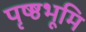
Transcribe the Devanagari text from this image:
पृष्ष्ठभूमि